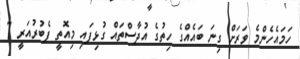
ހަމައެހެންމެ ވަރަށް ގިނަ ބައެއްގެ ހިތުގެ އުދާސްތައް ގުޅިފައި މިއޮތީ ފެބުރުއަރީ 7